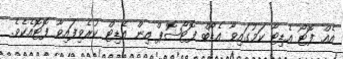
އެއް ފޮޓޯ އެޑިޓާ ކަމުގައިވާ އެޑޯބް ފޮޓޯޝޮޕް އިން އެޑިޓް ކުރެވިފައިވާ ފޮޓޮއެކެވެ.